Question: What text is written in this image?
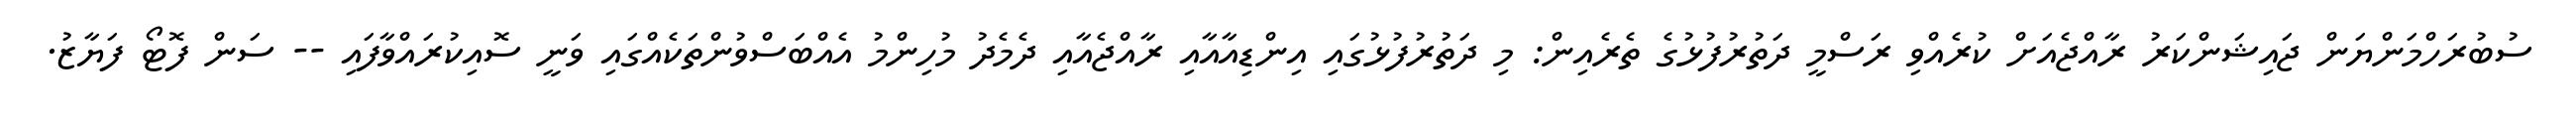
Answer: ސުބުރަހްމަންޔަން ޖައިޝަންކަރު ރާއްޖެއަށް ކުރެއްވި ރަސްމީ ދަތުރުފުޅުގެ ތެރެއިން: މި ދަތުރުފުޅުގައި އިންޑިއާއާއި ރާއްޖެއާއި ދެމެދު މުހިންމު އެއްބަސްވުންތަކެއްގައި ވަނީ ސޮއިކުރައްވާފައި -- ސަން ފޮޓޯ ފަޔާޒު.